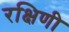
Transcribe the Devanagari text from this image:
रक्षिणी